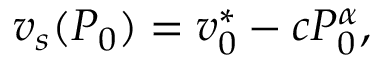
v _ { s } ( P _ { 0 } ) = v _ { 0 } ^ { * } - c P _ { 0 } ^ { \alpha } ,